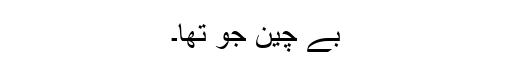
بے چین جو تھا۔